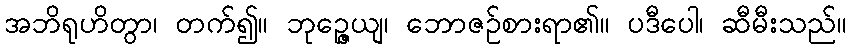
အဘိရုဟိတွာ၊ တက်၍။ ဘုဉ္ဇေယျ၊ ဘောဇဉ်စားရာ၏။ ပဒီပေါ၊ ဆီမီးသည်။